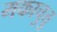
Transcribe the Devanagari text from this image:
मकाचुत्तु